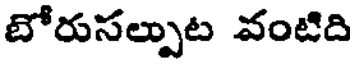
బోరుసల్పుట వంటిది